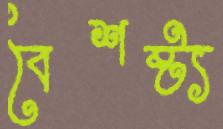
বৈশষ্ট্য